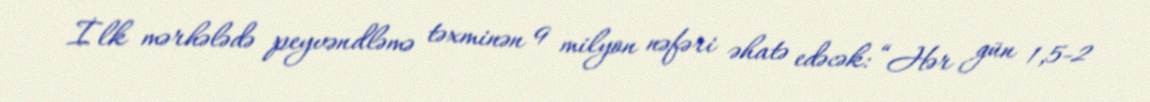
İlk mərhələdə peyvəndləmə təxminən 9 milyon nəfəri əhatə edəcək: “Hər gün 1,5-2